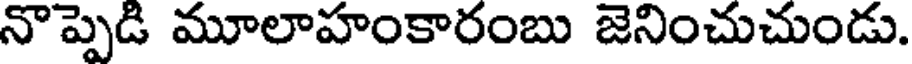
నొప్పెడి మూలాహంకారంబు జెనించుచుండు.